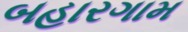
બહારગામ